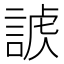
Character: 𧩐